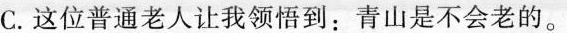
C.这位普通老人让我领悟到：青山是不会老的。